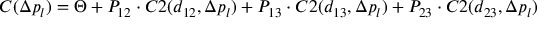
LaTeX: C ( \Delta p _ { l } ) = \Theta + P _ { 1 2 } \cdot C 2 ( d _ { 1 2 } , \Delta p _ { l } ) + P _ { 1 3 } \cdot C 2 ( d _ { 1 3 } , \Delta p _ { l } ) + P _ { 2 3 } \cdot C 2 ( d _ { 2 3 } , \Delta p _ { l } )